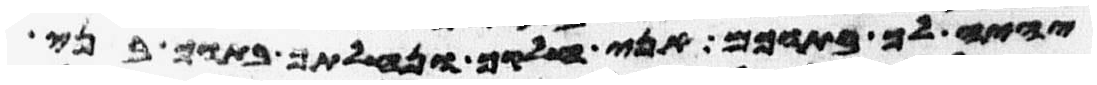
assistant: יהיה לך בתוכם אני חלקך ונחלתך בתוך בני